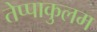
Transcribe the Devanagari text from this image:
तेप्पाकुलम